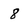
Character: 8